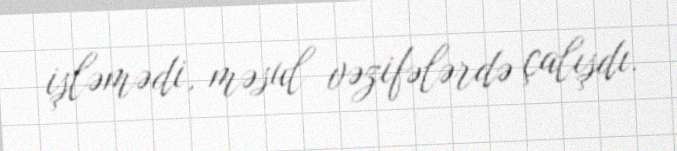
işləmədi, məsul vəzifələrdə çalışdı.